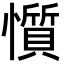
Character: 懫